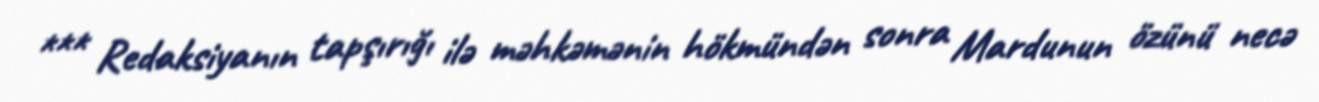
*** Redaksiyanın tapşırığı ilə məhkəmənin hökmündən sonra Mardunun özünü necə